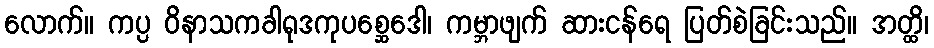
လောက်။ ကပ္ပ ဝိနာသကခါရုဒကုပစ္ဆေဒေါ၊ ကမ္ဘာဖျက် ဆားငန်ရေ ပြတ်စဲခြင်းသည်။ အတ္ထိ၊